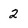
Character: 2